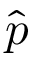
\hat { p }